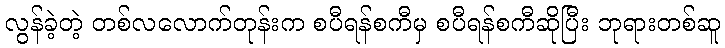
လွန်ခဲ့တဲ့ တစ်လလောက်တုန်းက စပီရန်စကီမှ စပီရန်စကီဆိုပြီး ဘုရားတစ်ဆူ